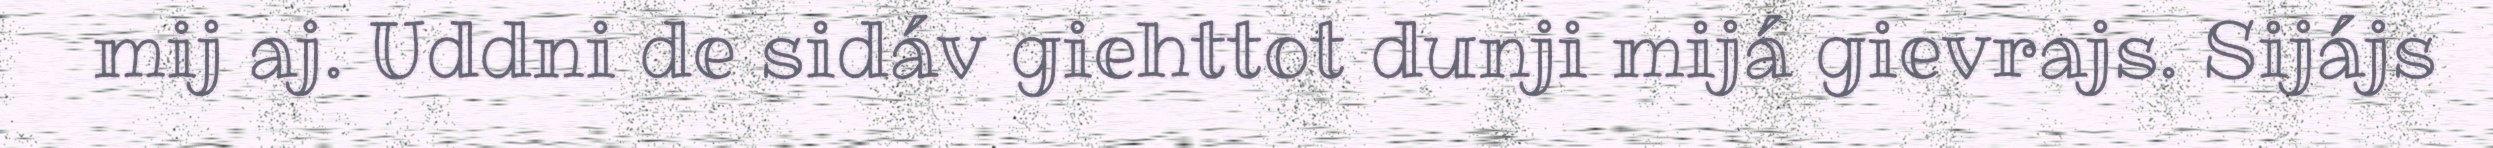
mij aj. Uddni de sidáv giehttot dunji mijá gievrajs. Sijájs